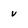
Character: v